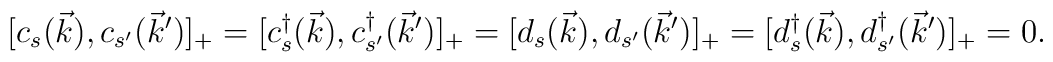
[ c_s (\vec{k}), c_{s^\prime}(\vec{k}^\prime) ]_+ =	[ c^\dag_s (\vec{k}), c^\dag_{s^\prime}(\vec{k}^\prime) ]_+ =	[ d_s (\vec{k}), d_{s^\prime}(\vec{k}^\prime) ]_+ =	[ d^\dag_s (\vec{k}), d^\dag_{s^\prime}(\vec{k}^\prime) ]_+ =0 .